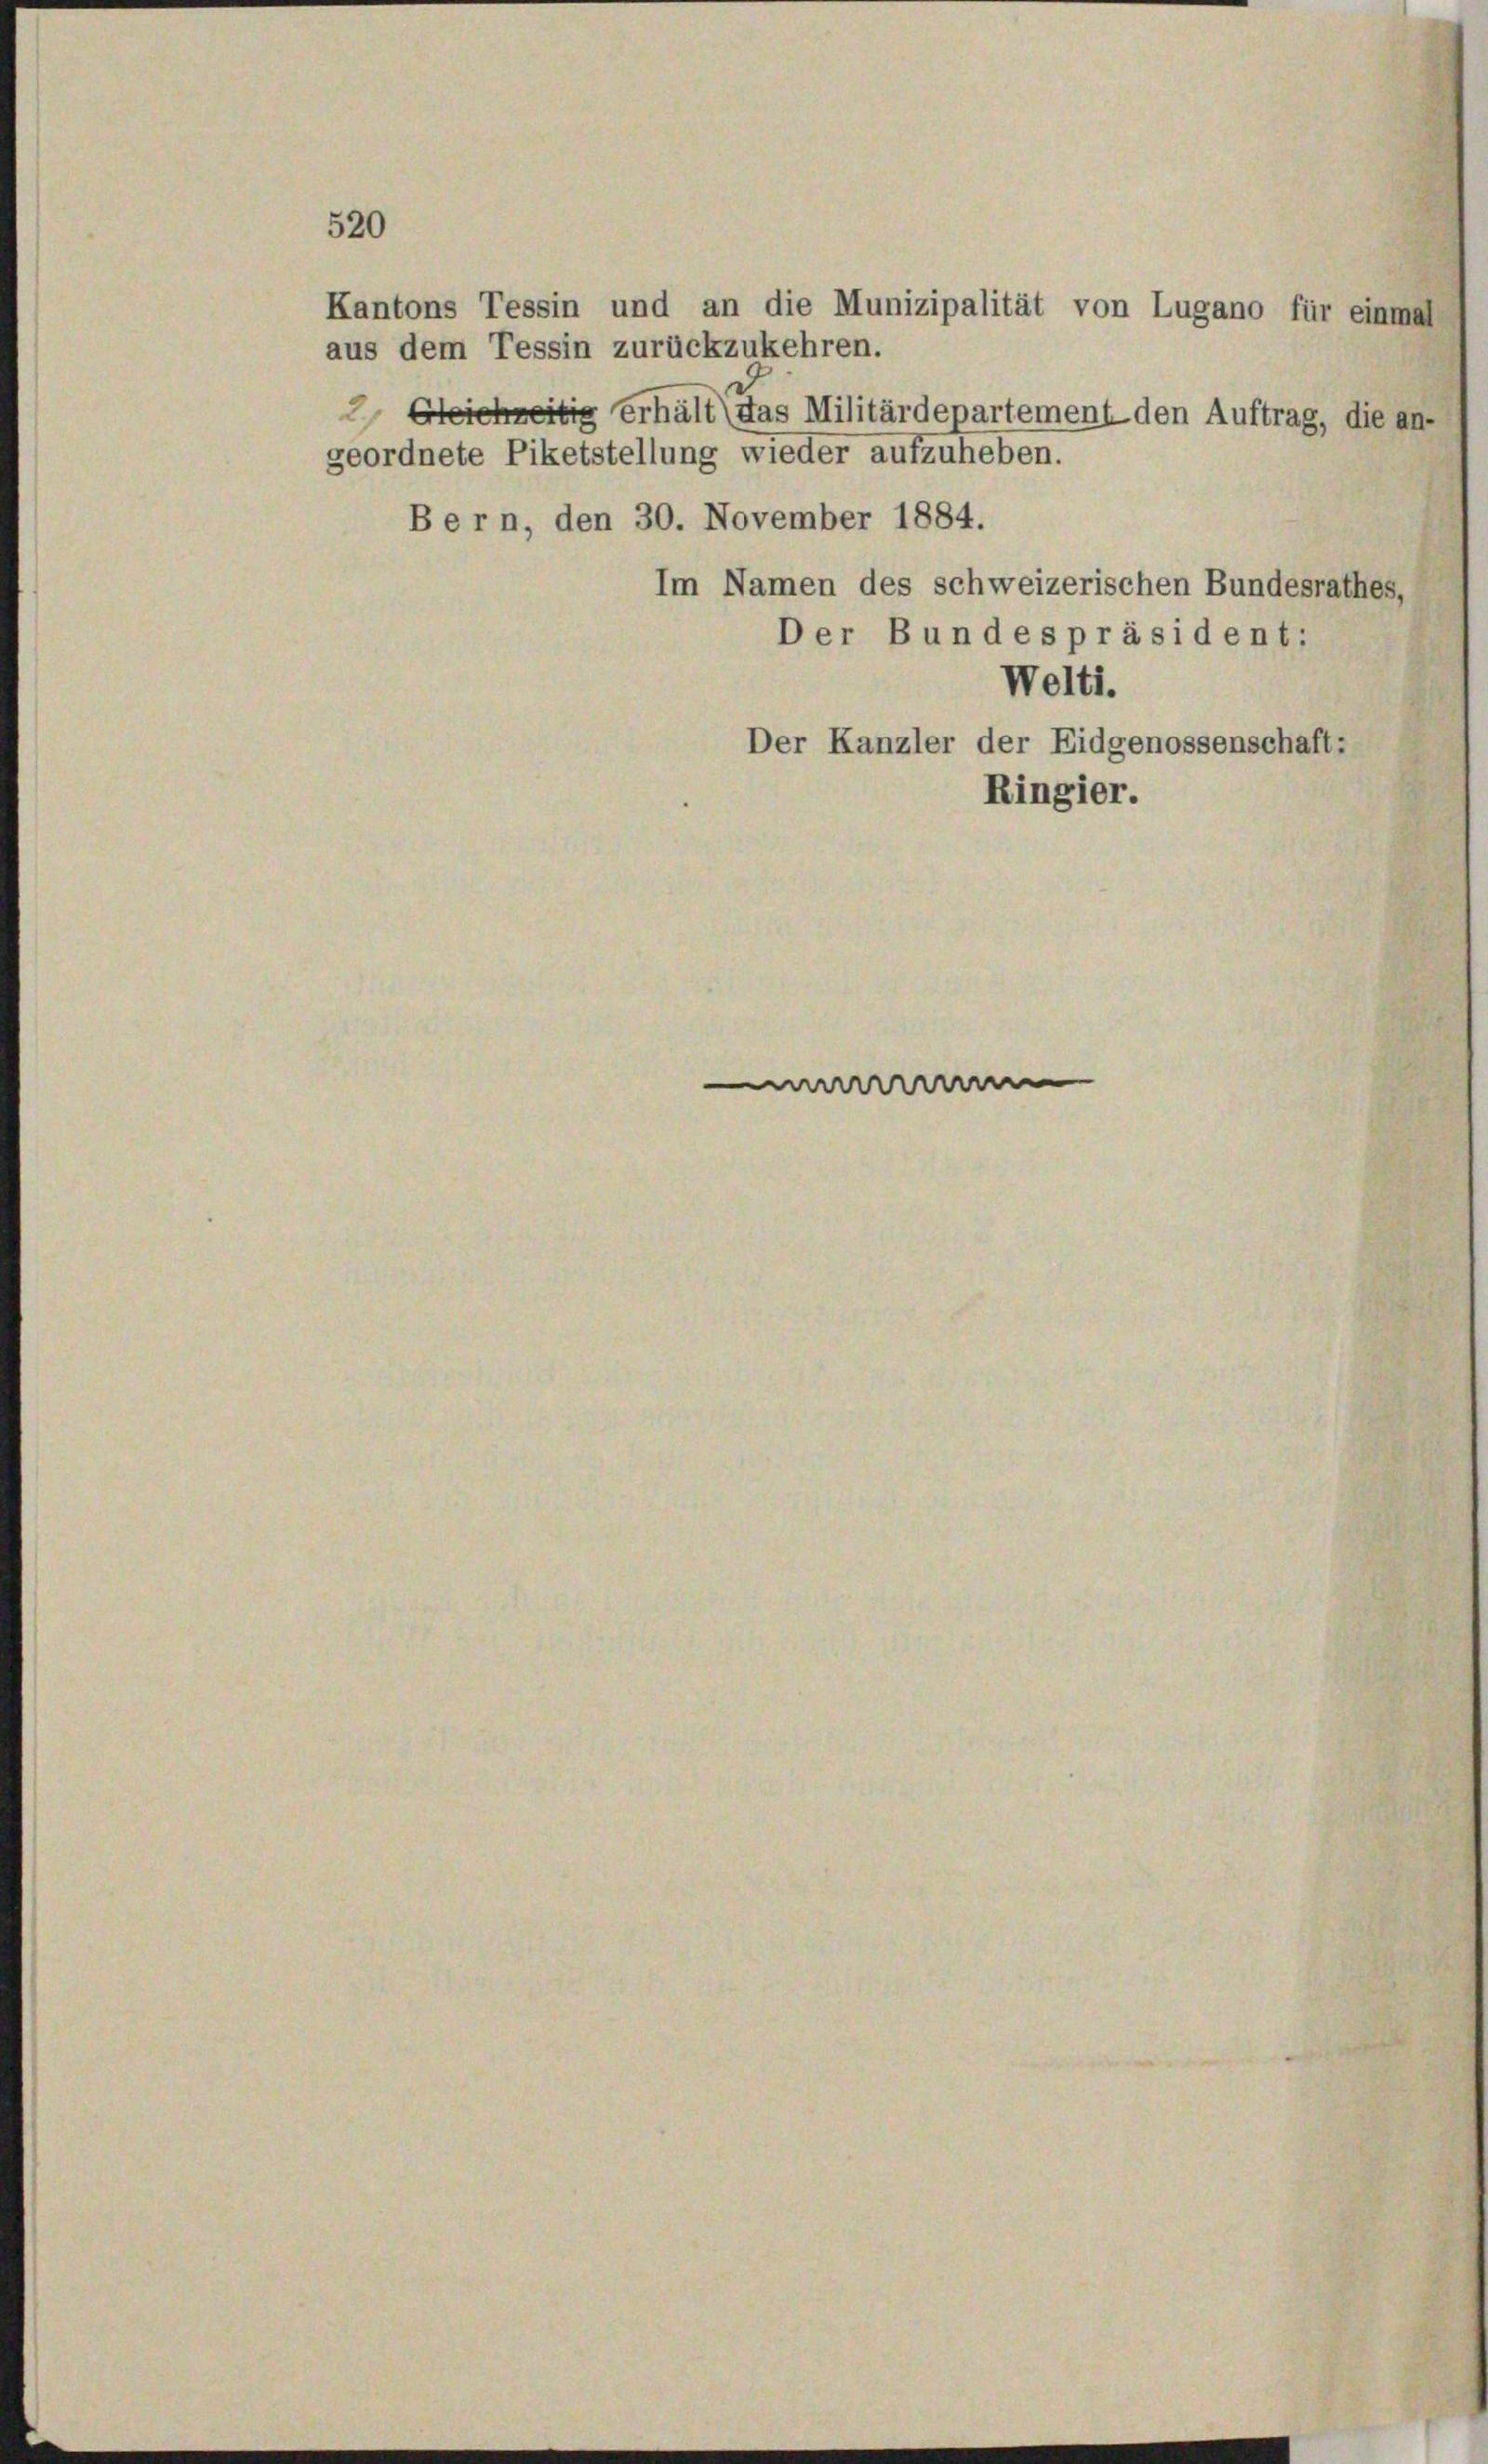
aus dem Tessin zurückzukehren.

520

geordnete Piketstellung wieder aufzuheben.
Bern, den 30. November 1884.
Im Namen des schweizerischen Bundesrathes,
Der Bundespräsident:
Welti.
Der Kanzler der Eidgenossenschaft:
Ringier.

Greifertig erhält (das Militärdepartement den Auftrag, die an-

Kantons Tessin und an die Munizipalität von Lugano für einmal

r